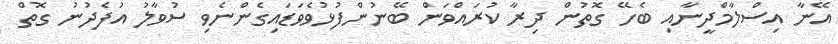
އޭނާ އިސްލާމްދީނާއި ބެހޭ ގޮތުން ދިރާ ކުރައްވަން ބޭނުންފުޅުވެވަޑައިގެންނެވި ސުވާލު އުފެދުނު ގޮތް